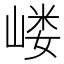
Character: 嵝